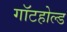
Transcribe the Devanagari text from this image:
गॉटहोल्ड